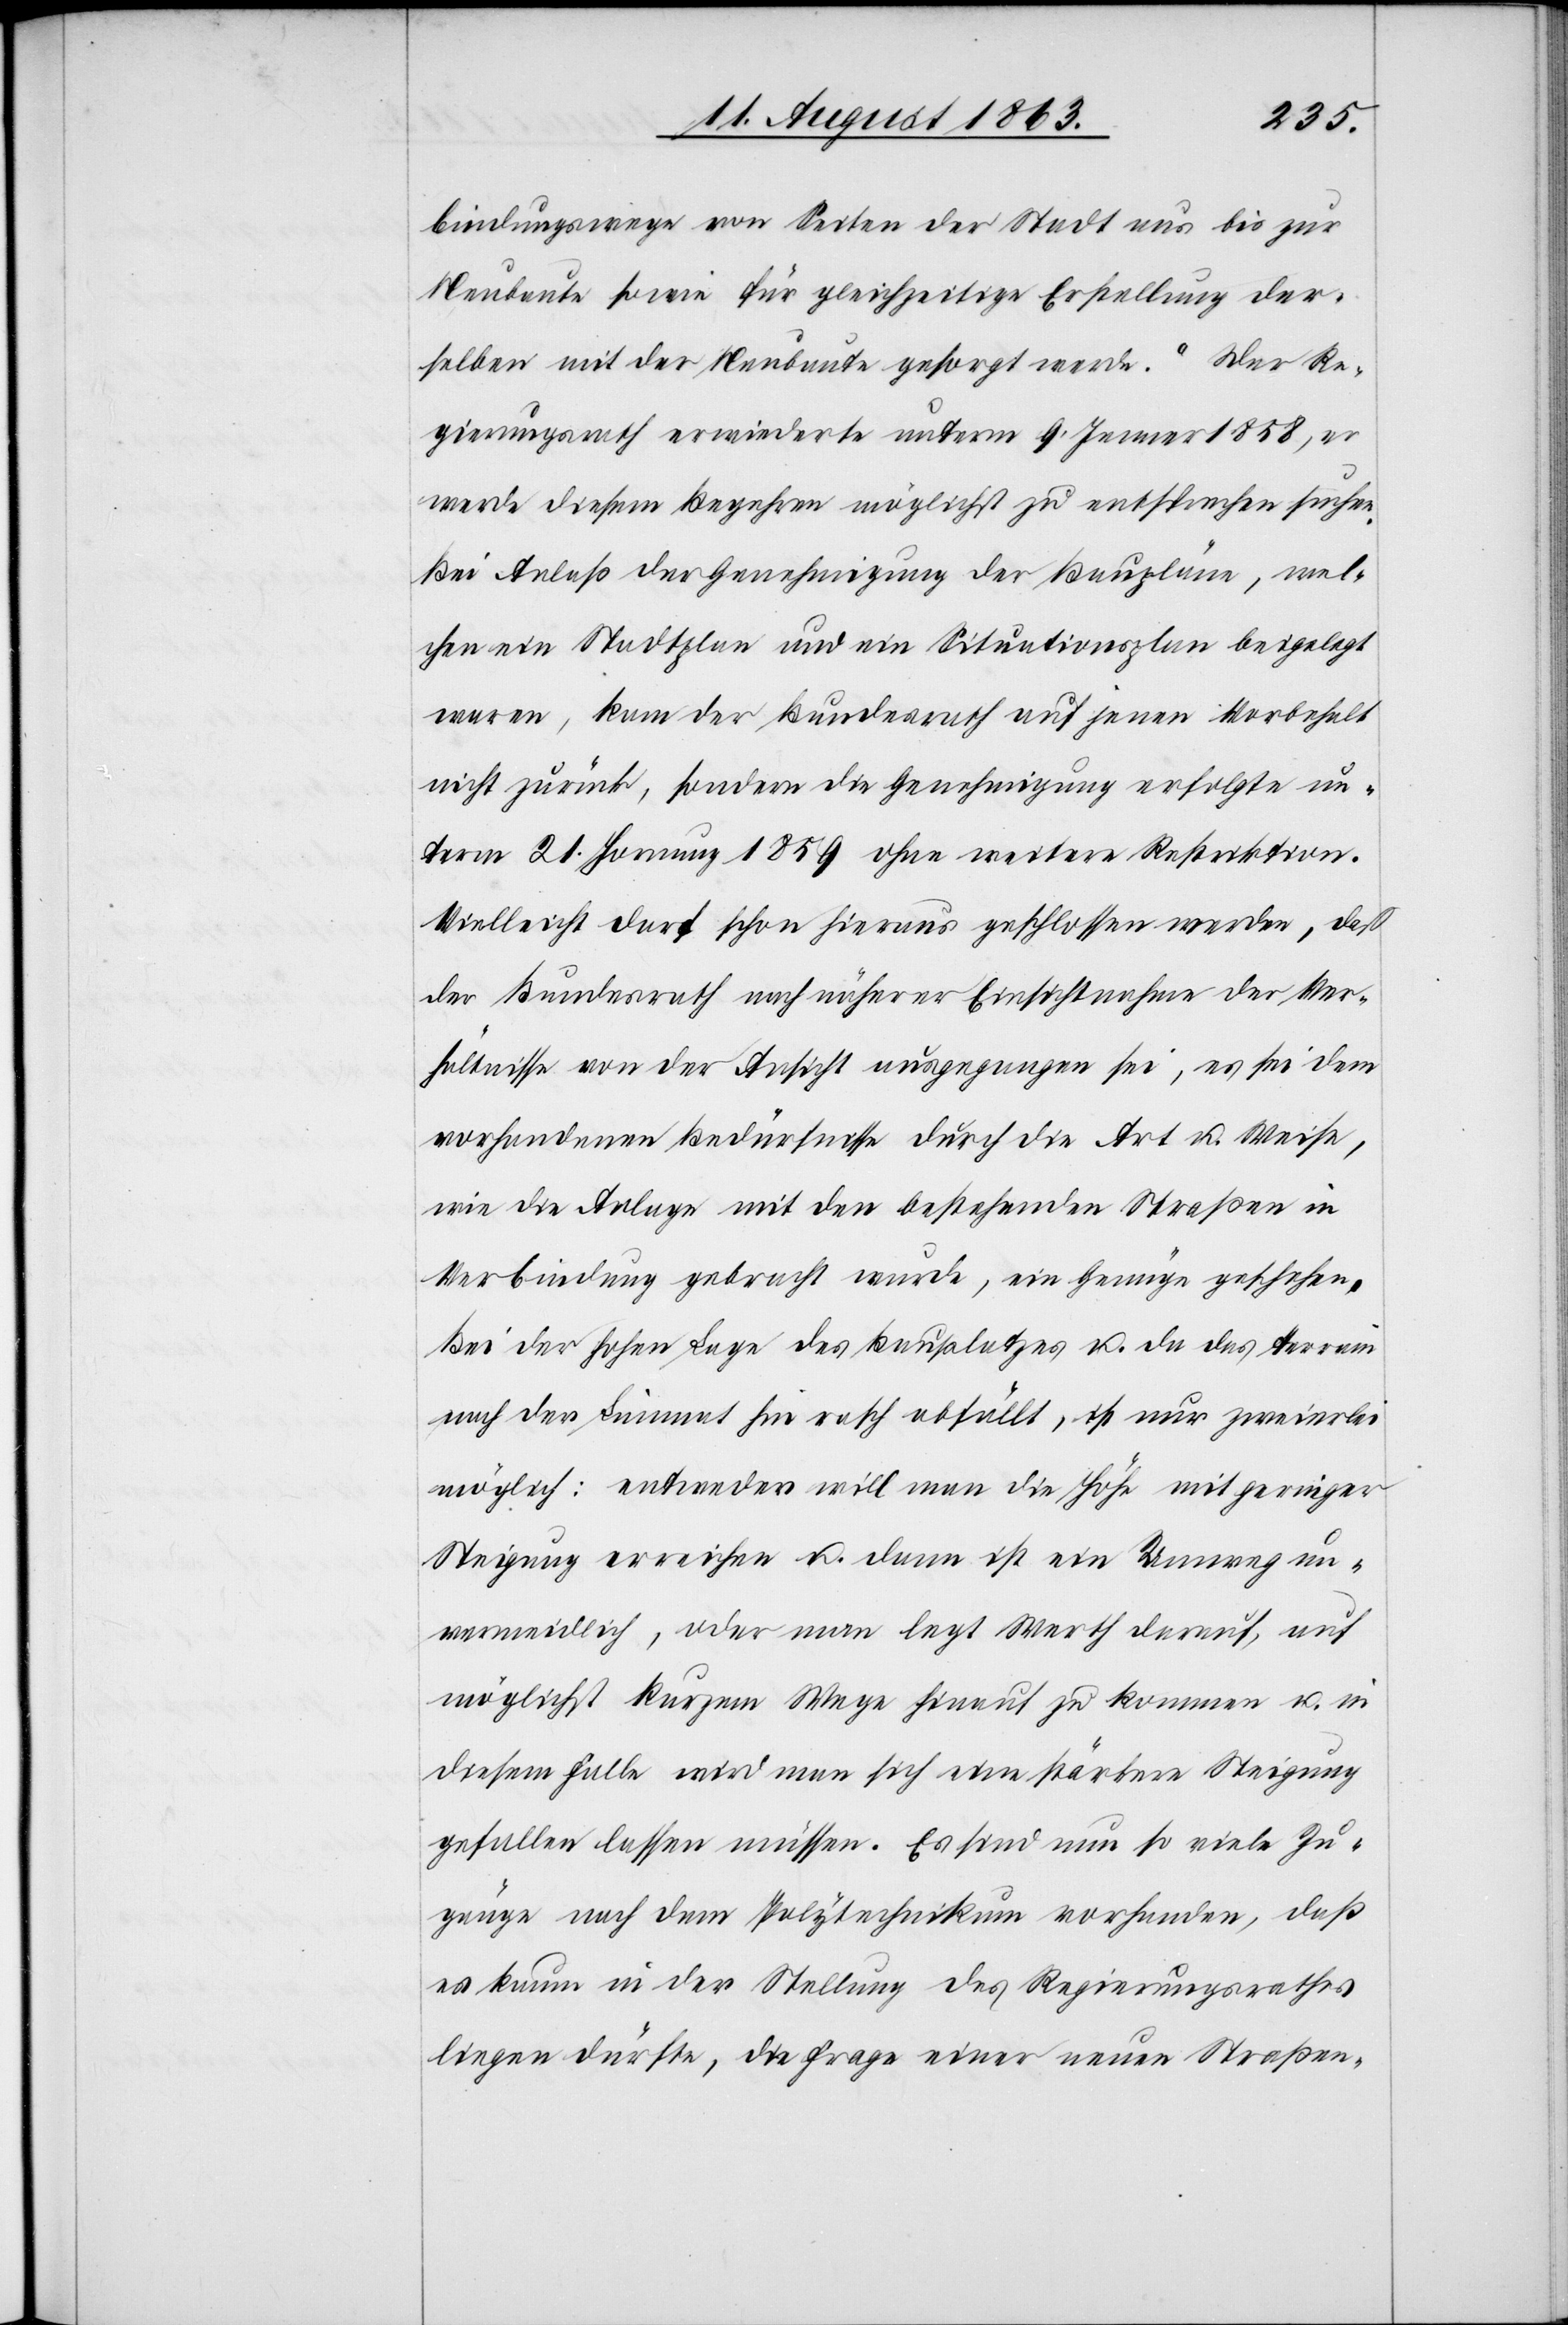
bindungswege von Seiten der Stadt aus bis zur
Neubaute sowie für gleichzeitige Erstellung der¬
selben mit der Neubaute gesorgt werde“. Der Re¬
gierungsrath erwiederte unterm 9. Jenner 1858, er
werde diesem Begehren möglichst zu entsprechen suchen.
Bei Anlaß der Genehmigung der Baupläne, wel¬
chen ein Stadtplan und ein Situationsplan beigelegt
waren, kam der Bundesrath auf jenen Vorbehalt
nicht zurück, sondern die Genehmigung erfolgte un¬
term 21. Hornung 1859 ohne weitere Restriktion.
Vielleicht darf schon hieraus geschlossen werden, daß
der Bundesrath nach näherer Einsichtnahme der Ver¬
hältnisse von der Ansicht ausgegangen sei, es sei dem
vorhandenen Bedürfnisse durch die Art u. Weise,
wie die Anlage mit den bestehenden Straßen in
Verbindung gebracht wurde, ein Genüge geschehen.
Bei der hohen Lage des Bauplatzes u. da das Terrain
nach der Limmat hin rasch abfällt, ist nur zweierlei
möglich: entweder will man die Höhe mit geringer
Steigung erreichen u. dann ist ein Umweg un¬
vermeidlich, oder man legt Werth darauf, auf
möglichst kurzem Wege hinauf zu kommen u. in
diesem Falle wird man sich eine stärkere Steigung
gefallen lassen müssen. Es sind nun so viele Zu¬
gänge nach dem Polytechnikum vorhanden, daß
es kaum in der Stellung des Regierungsrathes
liegen dürfte, die Frage einer neuen Straßen-